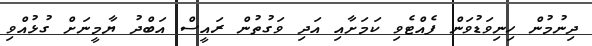
ދިނުމުން ހިނިވަޑުވަން ފެއްޓެވި ކަމަށާއި އަދި ވަގުތުން ރައީސް އަބްދު ޔާމީނަށް ގުޅުއްވި